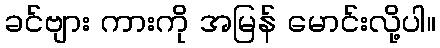
ခင်ဗျား ကားကို အမြန် မောင်းလို့ပါ။